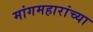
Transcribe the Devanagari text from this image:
मांगमहारांच्या